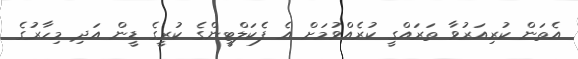
އެތަން ކުރިއަރުވާ ތަރައްގީ ކުރެއްވުމަށް އެ ފެކަލްޓީންގެ ކުރީގެ ޑީން އަދި މިހާރުގެ